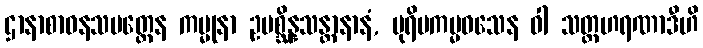
ဌာနာစာဝနသမတ္ထေန ကမ္မုနာ ဥပစ္ဆိန္နသန္တာနာနံ, ပုရိမကမ္မဝသေန ဝါ သတ္ထဟရဏာဒီဟိ